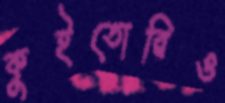
কুইতোরিও